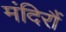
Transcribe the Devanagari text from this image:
मंदिरौं